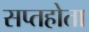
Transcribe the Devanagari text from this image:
सप्तहोता